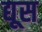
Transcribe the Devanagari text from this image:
द्यूस